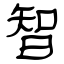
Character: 智